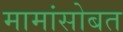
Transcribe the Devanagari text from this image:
मामांसोबत